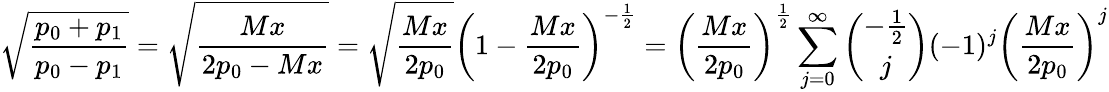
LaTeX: \sqrt{\frac{p_{0}+p_{1}}{p_{0}-p_{1}}}=\sqrt{\frac{Mx}{2p_{0}-Mx}}=\sqrt{\frac{Mx}{2p_{0}}}\left(1-\frac{Mx}{2p_{0}}\right)^{-\frac 12}=\left(\frac{Mx}{2p_{0}}\right)^{\frac 12}\sum_{j=0}^{\infty}{\binom{-\frac 12}{j}}(-1)^{j}\left(\frac{Mx}{2p_{0}}\right)^{j}